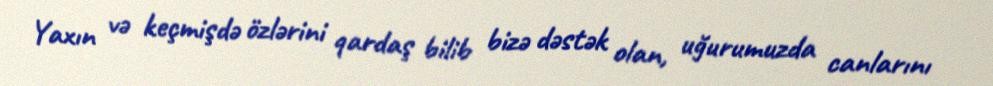
Yaxın və keçmişdə özlərini qardaş bilib bizə dəstək olan, uğurumuzda canlarını